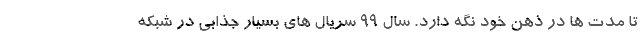
تا مدت ها در ذهن خود نگه دارد. سال 99 سریال های بسیار جذابی در شبکه